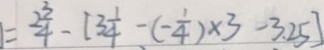
= 2 \frac { 3 } { 4 } - [ 3 \frac { 1 } { 4 } - ( - \frac { 1 } { 4 } ) \times 3 - 3 . 2 5 ]